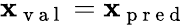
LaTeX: \mathbf{x}_{\mathrm{{~v~a~l~}}}=\mathbf{x}_{\mathrm{{~p~r~e~d~}}}